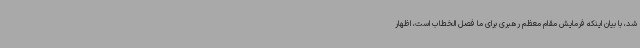
شد، با بیان اینکه فرمایش مقام معظم رهبری برای ما فصل الخطاب است، اظهار